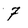
Character: 7